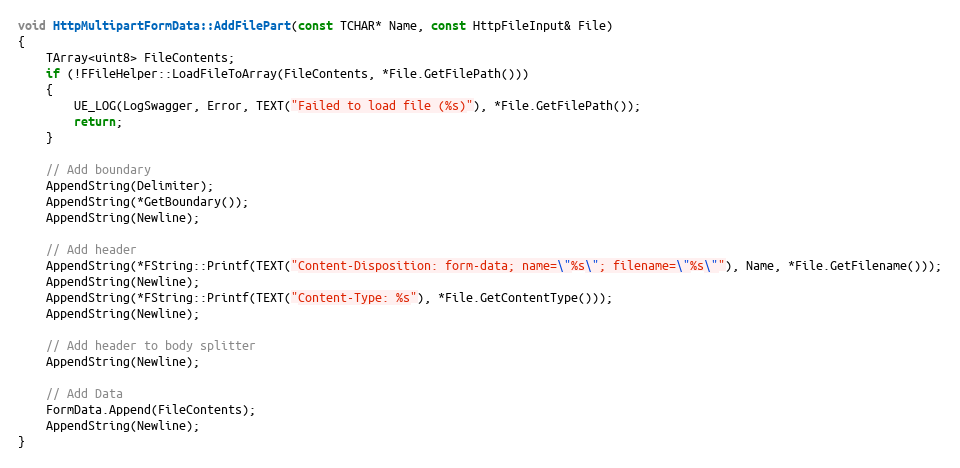
Language: C++
void HttpMultipartFormData::AddFilePart(const TCHAR* Name, const HttpFileInput& File)
{
	TArray<uint8> FileContents;
	if (!FFileHelper::LoadFileToArray(FileContents, *File.GetFilePath()))
	{
		UE_LOG(LogSwagger, Error, TEXT("Failed to load file (%s)"), *File.GetFilePath());
		return;
	}

	// Add boundary
	AppendString(Delimiter);
	AppendString(*GetBoundary());
	AppendString(Newline);

	// Add header
	AppendString(*FString::Printf(TEXT("Content-Disposition: form-data; name=\"%s\"; filename=\"%s\""), Name, *File.GetFilename()));
	AppendString(Newline);
	AppendString(*FString::Printf(TEXT("Content-Type: %s"), *File.GetContentType()));
	AppendString(Newline);

	// Add header to body splitter
	AppendString(Newline);

	// Add Data
	FormData.Append(FileContents);
	AppendString(Newline);
}